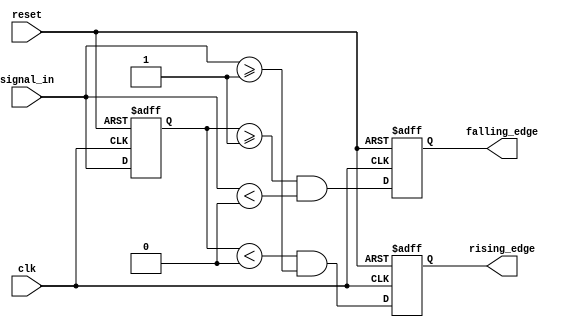
module SchmittTriggerEdgeDetector (
    input wire clk,                     // Clock signal
    input wire reset,                   // Asynchronous reset
    input wire signal_in,               // Input signal to be detected
    output reg rising_edge,             // Rising edge detected output
    output reg falling_edge             // Falling edge detected output
);

    // Define the hysteresis thresholds
    parameter Vth_plus = 1'b1;          // Upper threshold for rising edge
    parameter Vth_minus = 1'b0;         // Lower threshold for falling edge

    // Memory element to hold the previous state of the input signal
    reg signal_prev;

    always @(posedge clk or posedge reset) begin
        if (reset) begin
            signal_prev <= 1'b0;          // Reset previous state
            rising_edge <= 1'b0;          // Clear rising edge output
            falling_edge <= 1'b0;         // Clear falling edge output
        end else begin
            // Edge detection logic
            rising_edge <= (signal_prev < Vth_minus) && (signal_in >= Vth_plus);
            falling_edge <= (signal_prev >= Vth_plus) && (signal_in < Vth_minus);

            // Update the previous state
            signal_prev <= signal_in;
        end
    end

endmodule